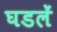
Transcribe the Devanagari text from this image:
घडलें